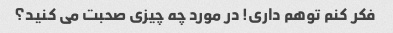
فکر کنم توهم داری! در مورد چه چیزی صحبت می کنید؟